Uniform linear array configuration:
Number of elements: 32
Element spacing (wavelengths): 1
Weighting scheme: cosine
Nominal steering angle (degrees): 30
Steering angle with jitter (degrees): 29.684
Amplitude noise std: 0.05
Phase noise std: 0.05

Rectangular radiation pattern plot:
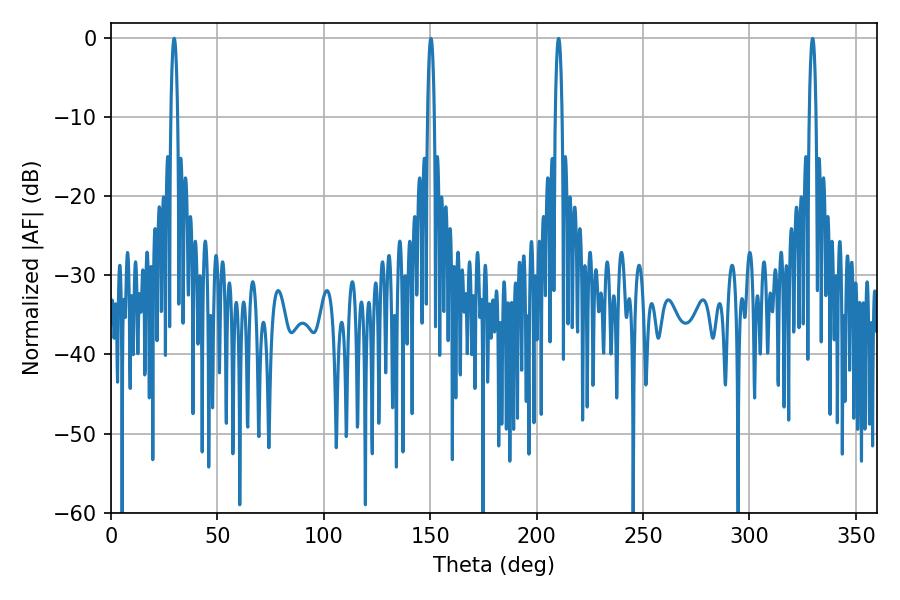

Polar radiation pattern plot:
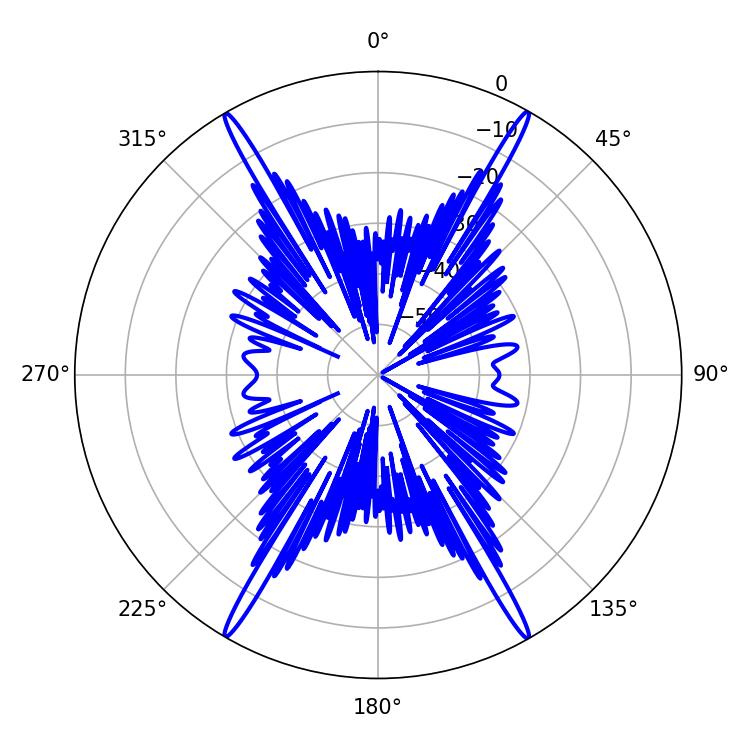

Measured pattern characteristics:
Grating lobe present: TRUE
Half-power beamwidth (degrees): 1.8
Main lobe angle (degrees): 150.3